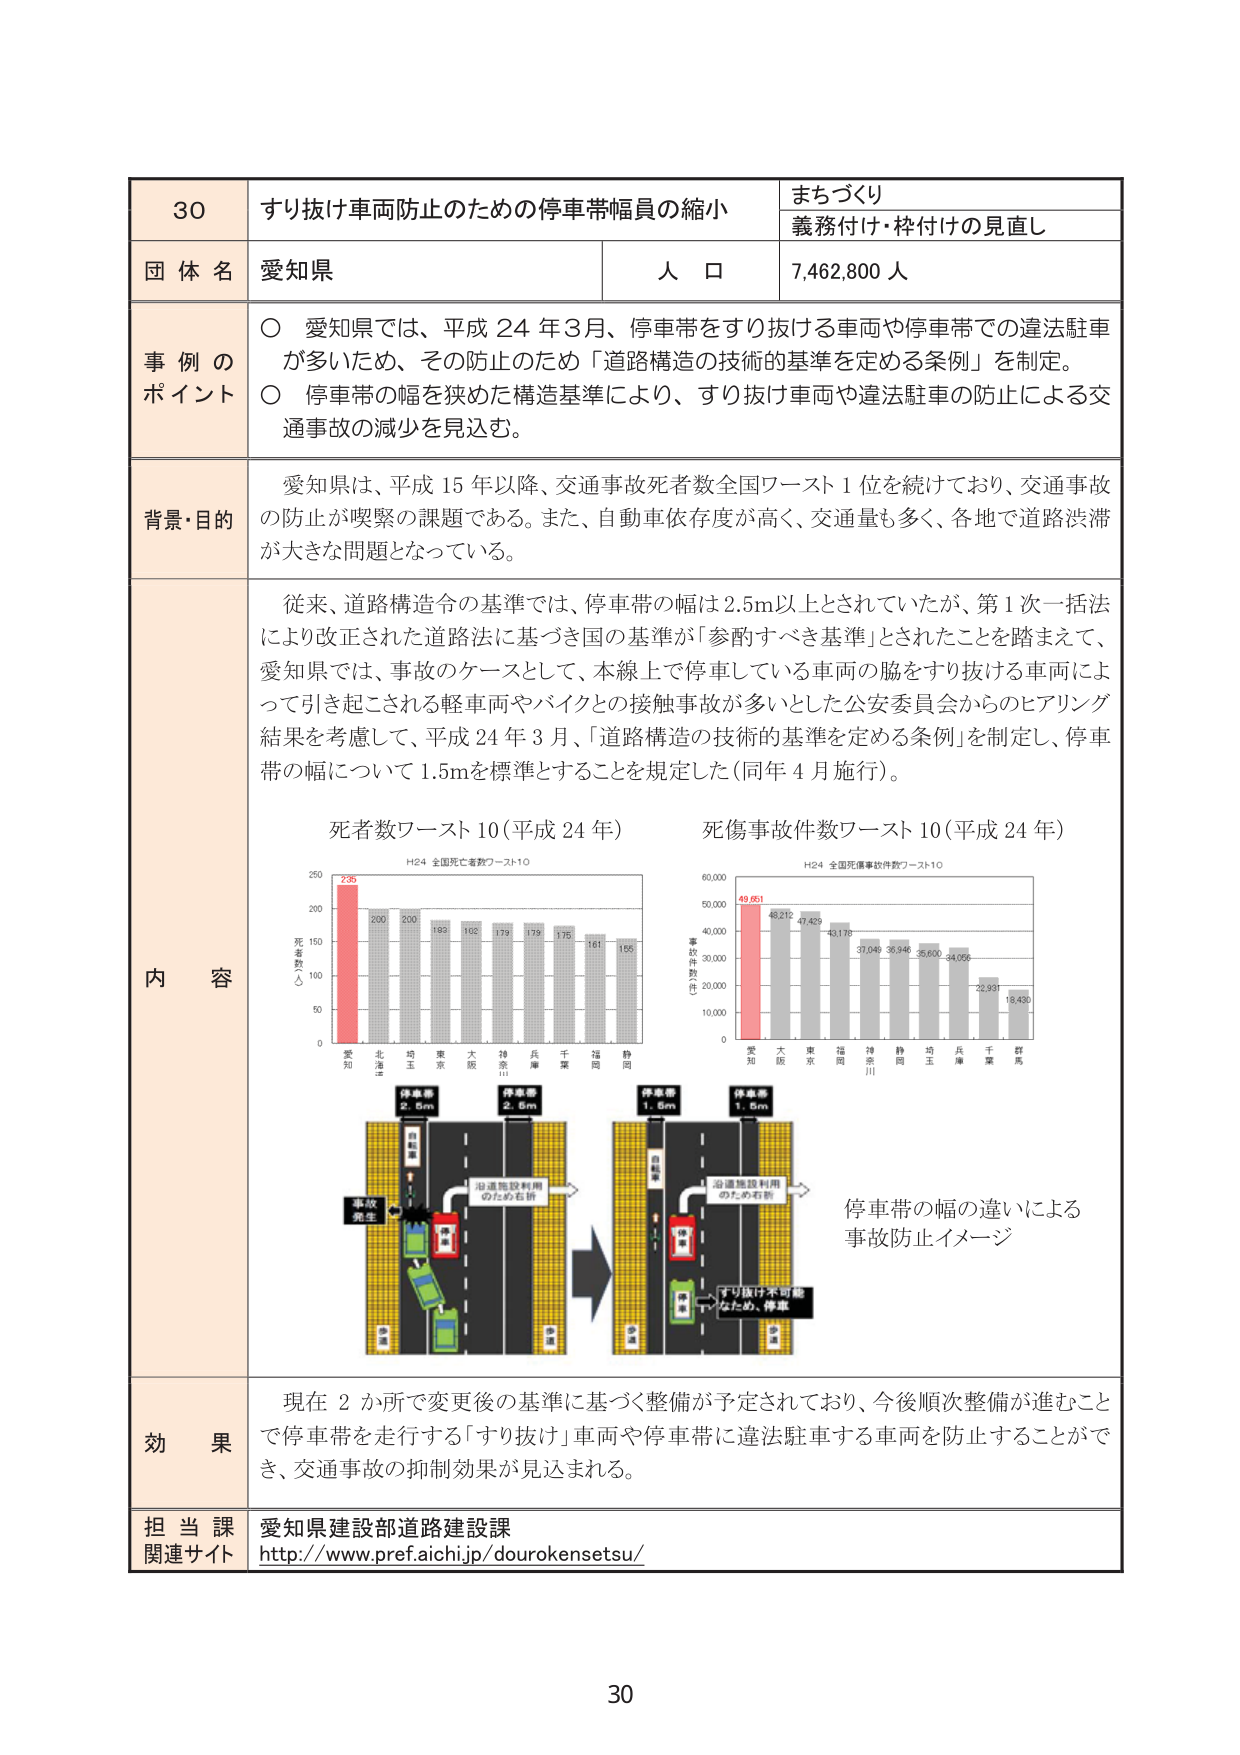
30 すり抜け車両防止のための停車帯幅員の縮小 まちづくり 義務付け・枠付けの見直し 団 体 名 愛知県 人 口 7,462,800 人 事 例 の ポイント ○ 愛知県では、平成 24 年3月、停車帯をすり抜ける車両や停車帯での違法駐車 が多いため、その防止のため「道路構造の技術的基準を定める条例」を制定。 ○ 停車帯の幅を狭めた構造基準により、すり抜け車両や違法駐車の防止による交 通事故の減少を見込む。 背景・目的 愛知県は、平成 15 年以降、交通事故死者数全国ワースト1位を続けており、交通事故 の防止が喫緊の課題である。また、自動車依存度が高く、交通量も多く、各地で道路渋滞 が大きな問題となっている。 内 容 従来、道路構造令の基準では、停車帯の幅は2.5m以上とされていたが、第1次一括法 により改正された道路法に基づき国の基準が「参酌すべき基準」とされたことを踏まえて、 愛知県では、事故のケースとして、本線上で停車している車両の脇をすり抜ける車両によ って引き起こされる軽車両やバイクとの接触事故が多いとした公安委員会からのヒアリング 結果を考慮して、平成 24 年 3 月、「道路構造の技術的基準を定める条例」を制定し、停車 帯の幅について 1.5mを標準とすることを規定した（同年 4 月施行）。 死者数ワースト10（平成 24 年） H24 全国死亡者数ワースト10 250 200 150 100 50 0 236 200 200 193 192 179 179 175 161 155 死者数（人） 愛知 北海道 埼玉 東京 大阪 神奈川 兵庫 千葉 福岡 静岡 死傷事故件数ワースト10（平成 24 年） H24 全国死傷事故件数ワースト10 60,000 50,000 40,000 30,000 20,000 10,000 0 49,651 48,212 47,429 43,178 37,049 36,946 35,600 34,066 22,937 18,430 事故件数（件） 愛知 大阪 東京 福岡 神奈川 静岡 埼玉 兵庫 千葉 群馬 停車帯 2.5m 停車帯 2.5m 停車帯 1.5m 停車帯 1.5m 事故 発生 旧道路設利用 のため右折 すり抜け不可能 なため、停車 旧道路設利用 のため右折 停車帯の幅の違いによる 事故防止イメージ 効 果 現在 2 か所で変更後の基準に基づく整備が予定されており、今後順次整備が進むこと で停車帯を走行する「すり抜け」車両や停車帯に違法駐車する車両を防止することがで き、交通事故の抑制効果が見込まれる。 担 当 課 愛知県建設部道路建設課 関連サイト http://www.pref.aichi.jp/dourokensetsu/ 30